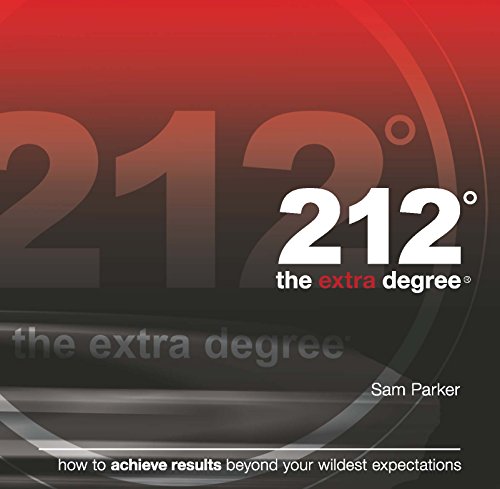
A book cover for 212: The Extra Degree; Sam Parker; Self-Help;